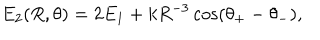
LaTeX: E _ { 2 } ( R , \theta ) = 2 E _ { 1 } + k R ^ { - 3 } \cos ( \theta _ { + } - \theta _ { - } ) ,